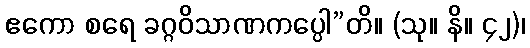
ဧကော စရေ ခဂ္ဂဝိသာဏကပ္ပေါ”တိ။ (သု။ နိ။ ၄၂)၊